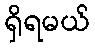
ရှိရမယ်